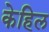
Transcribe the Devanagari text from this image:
केहिल